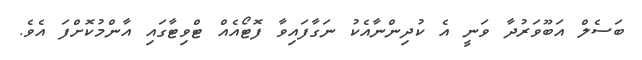
ބަސެލް އަބޫވަރުދާ ވަނީ އެ ކުދިންނާއެކު ނަގާފައިވާ ފޮޓޯއެއް ޓްވިޓާގައި އާންމުކޮށްފަ އެވެ.